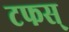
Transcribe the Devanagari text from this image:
टफस्